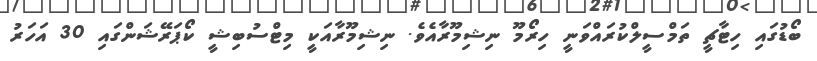
ބޯޑުގައި ހިޓާޗީ ތަމްސީލްކުރައްވަނީ ހިރޯމޫ ނިޝިމޫރާއެވެ. ނިޝިމޫރާއަކީ މިޓްސުބިޝީ ކޯޕަރޭޝަންގައި 30 އަހަރު